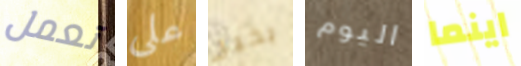
تعمل على بخير اليوم اينما